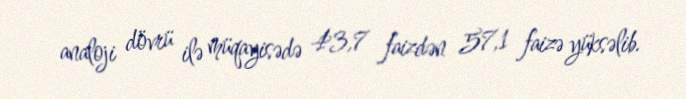
analoji dövrü ilə müqayisədə 43,7 faizdən 57,1 faizə yüksəlib.